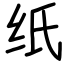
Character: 纸